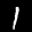
Label: 1